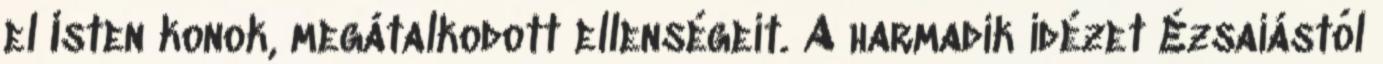
el Isten konok, megátalkodott ellenségeit. A harmadik idézet Ézsaiástól